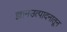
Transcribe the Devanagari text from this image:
ज्ञानउत्पादनातून